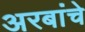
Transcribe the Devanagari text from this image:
अरबांचे